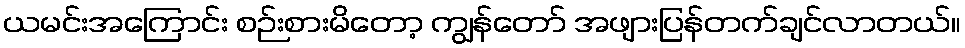
ယမင်းအကြောင်း စဉ်းစားမိတော့ ကျွန်တော် အဖျားပြန်တက်ချင်လာတယ်။